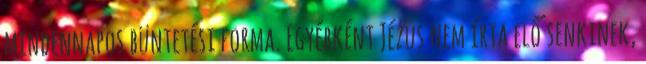
mindennapos büntetési forma. Egyébként Jézus nem írta elő senkinek,